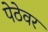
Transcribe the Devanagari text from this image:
पेठेवर